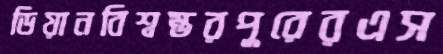
ডিয়ানবিশ্বম্ভরপুরেরএস